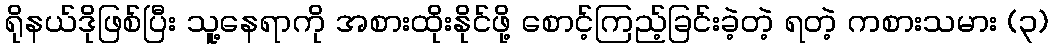
ရိုနယ်ဒိုဖြစ်ပြီး သူ့နေရာကို အစားထိုးနိုင်ဖို့ စောင့်ကြည့်ခြင်းခဲ့တဲ့ ရတဲ့ ကစားသမား (၃)